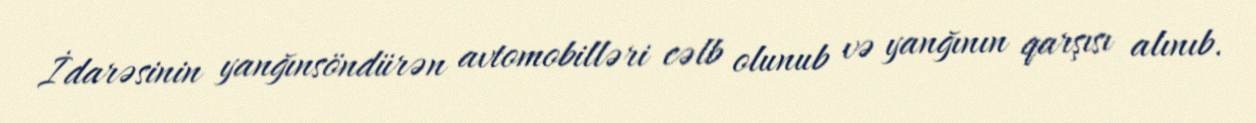
İdarəsinin yanğınsöndürən avtomobilləri cəlb olunub və yanğının qarşısı alınıb.